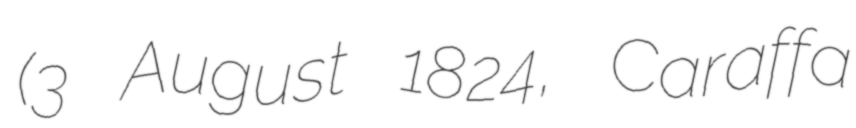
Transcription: (3 August 1824, Caraffa